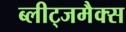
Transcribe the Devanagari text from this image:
ब्लीट्जमैक्स